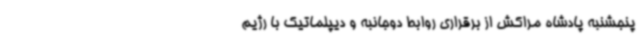
پنجشنبه پادشاه مراکش از برقراری روابط دوجانبه و دیپلماتیک با رژیم